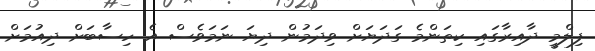
ފިލްމީ ދާއިރާގައި ކިތަންމެ ގަދަޔަށް ވިދަމުން ދިޔަ ނަމަވެސް އެ ހިސާބަށް ދިއުމަށް